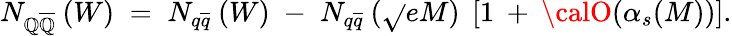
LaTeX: N_{\mathbb{Q}\overline{{{{\mathbb{Q}}}}}}\: (W)\; =\; N_{q\overline{{{{q}}}}}\: (W)\; -\; N_{q\overline{{{{q}}}}}\: (\sqrt{}{{e}}M)\; \left[1\: +\: {\calO}(\alpha_{s}(M))\right].